Report on sanitation, dispensaries, and jails in Rajputana for 1917, and on vaccination for the year 1917-1918 - 1917-1918
Year: 1917
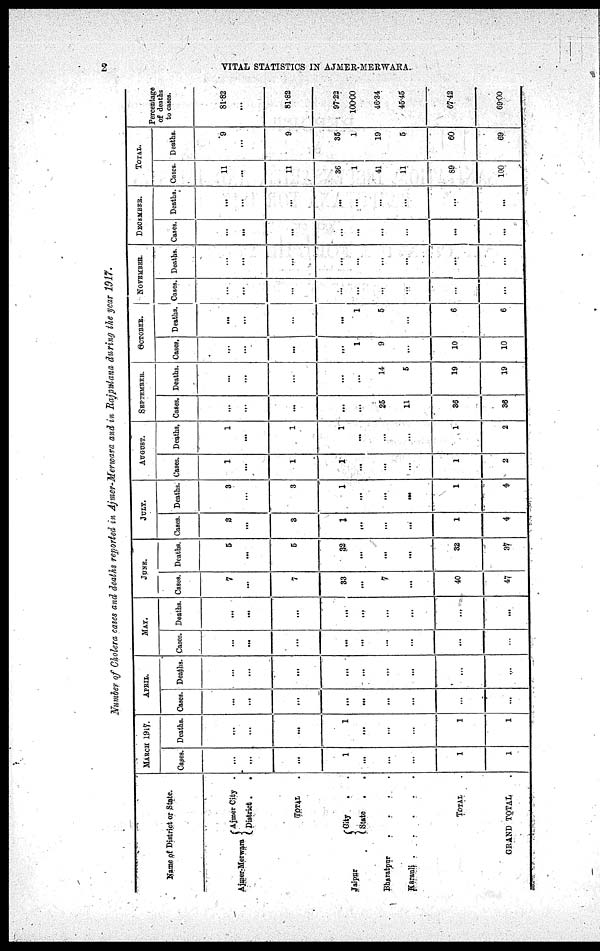
2
VITAL STATISTICS IN AJMER-MERWARA.
Number of Cholera cases and deaths reported in Ajmer-Merwara and in Rajputana during the year 1917.
Name of District or State.
Ajmer-Merwara
Ajmer City .
District .
TOTAL .
Jaipur
City
.
.
State . .
Bharatpur
.
.
.
.
Karauli .
.
.
.
.
TOTAL .
GRAND TOTAL .
MARCH 1917.
Cases.
...
...
...
1
...
...
...
1
1
Deaths.
...
...
...
1
...
...
...
1
1
APRIL.
Cases.
...
...
...
...
...
...
...
...
...
Deaths.
...
...
...
...
...
...
...
...
...
MAY.
Cases.
...
...
...
...
...
...
...
...
Deaths.
...
...
...
...
...
...
...
...
...
JUNE.
Cases.
7
...
7
83
...
7
...
40
47
Deaths.
5
...
5
32
...
...
...
32
37
JULY.
Cases.
3
...
3
1
...
...
...
1
4
Deaths.
3
...
3
1
...
...
...
1
4
AUGUST.
Cases.
1
...
1
1
...
...
...
1
2
Deaths.
1
...
1
1
...
...
...
1
2
SEPTEMBER.
Cases.
...
...
...
...
...
25
11
36
36
Deaths.
...
...
...
...
...
14
5
19
19
OCTOBER.
Cases.
...
...
...
...
1
9
...
10
10
Deaths.
...
...
...
...
1
5
...
6
6
NOVEMBER.
Cases.
...
...
...
...
...
...
...
...
...
Deaths.
...
...
...
...
...
...
...
...
...
DECEMBER.
Cases.
...
...
...
...
...
...
...
...
...
Deaths.
...
...
...
...
...
...
...
...
...
TOTAL.
Cases.
11
...
11
36
1
411
11
89
100
Deaths.
9
...
9
35
1
19
5
60
69
Percentage
of deaths
to cases.
81.82
...
81.82
97.23
100.00
46.34
45.45
67.42
69.00